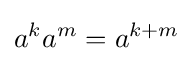
a^{k}a^{m}=a^{k+m}